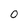
Character: 0